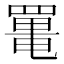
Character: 𦋸